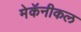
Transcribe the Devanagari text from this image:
मेकॅनीकल